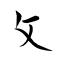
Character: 攵